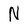
Character: N